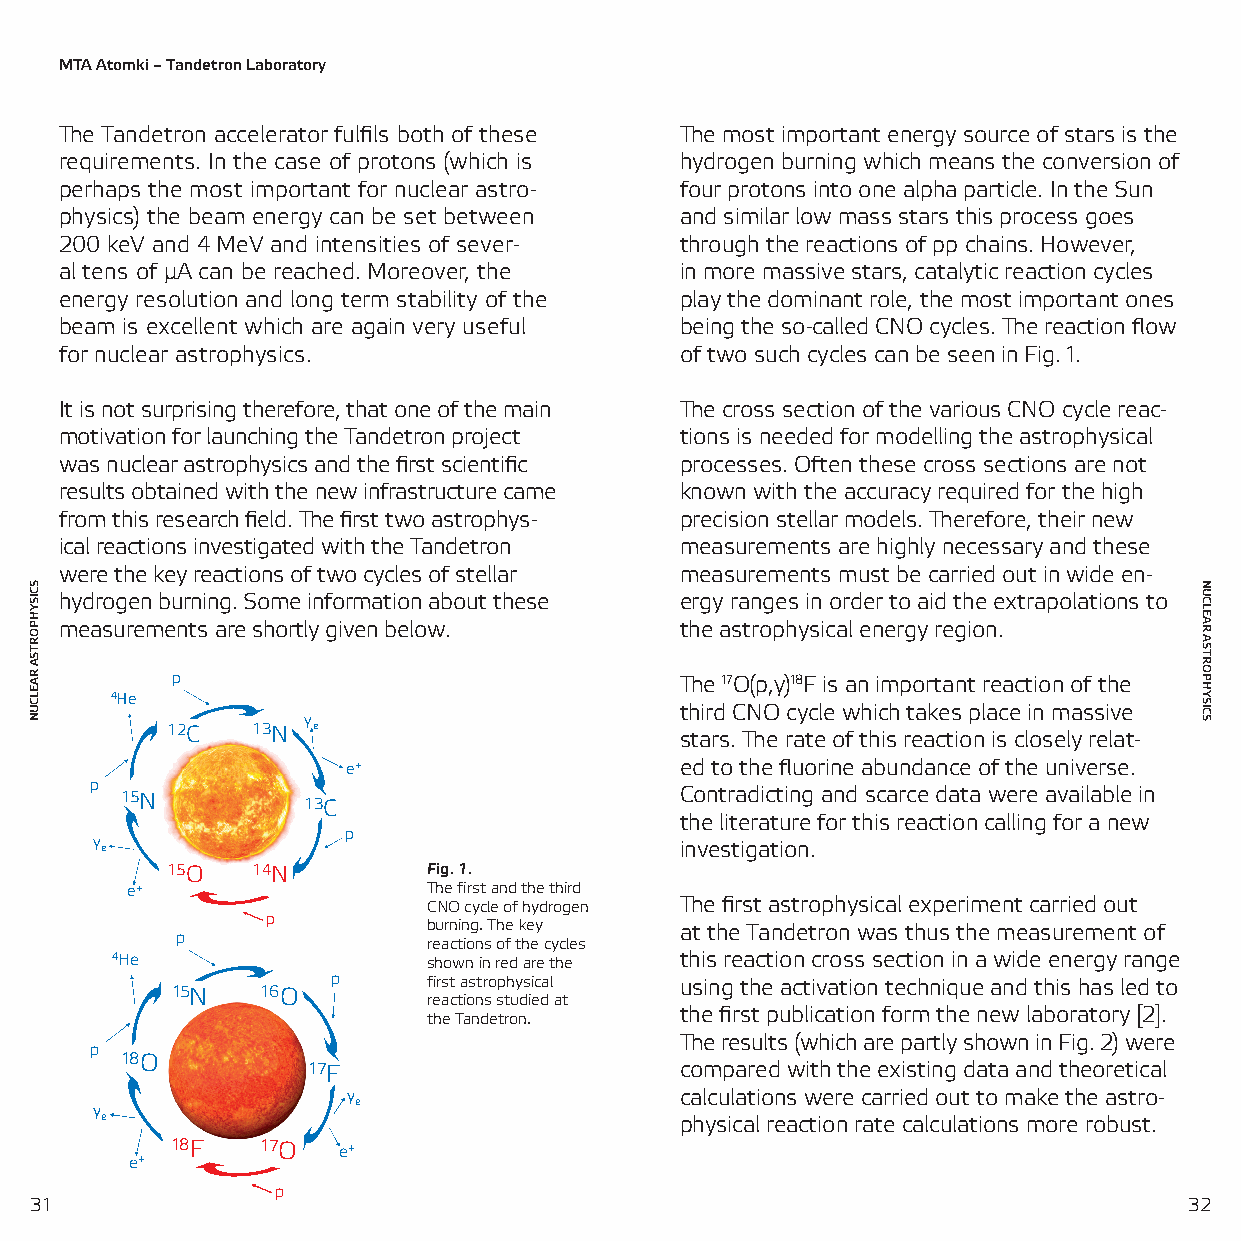
MTA Atomki – Tandetron Laboratory
 The Tandetron accelerator fulfils both of these The most important energy source of stars is the
 requirements. In the case of protons (which is hydrogen burning which means the conversion of
 perhaps the most important for nuclear astro- four protons into one alpha particle. In the Sun
 physics) the beam energy can be set between and similar low mass stars this process goes
 200 keV and 4 MeV and intensities of sever- through the reactions of pp chains. However,
 al tens of µA can be reached. Moreover, the in more massive stars, catalytic reaction cycles
 energy resolution and long term stability of the play the dominant role, the most important ones
 beam is excellent which are again very useful being the so-called CNO cycles. The reaction flow
 for nuclear astrophysics.                of two such cycles can be seen in Fig. 1.
 It is not surprising therefore, that one of the main The cross section of the various CNO cycle reac-
 motivation for launching the Tandetron project tions is needed for modelling the astrophysical
 was nuclear astrophysics and the first scientific processes. Often these cross sections are not
 results obtained with the new infrastructure came known with the accuracy required for the high
 from this research field. The first two astrophys- precision stellar models. Therefore, their new
 ical reactions investigated with the Tandetron measurements are highly necessary and these
 were the key reactions of two cycles of stellar measurements must be carried out in wide en-
 hydrogen burning. Some information about these ergy ranges in order to aid the extrapolations to
 measurements are shortly given below.    the astrophysical energy region.
 p                                 The 17O(p,γ)18F is an important reaction of the
 4He
 third CNO cycle which takes place in massive
 γ
 12C   13N e
 stars. The rate of this reaction is closely relat-
 e+                    ed to the fluorine abundance of the universe.
 p
 15N
 13C
 Contradicting and scarce data were available in
 the literature for this reaction calling for a new
 p
 γ e                                    investigation.
 15O   14N        Fig. 1.
 e+                  The first and the third
 CNO cycle of hydrogen The first astrophysical experiment carried out
 p         burning. The key at the Tandetron was thus the measurement of
 p
 reactions of the cycles
 4He                  shown in red are the this reaction cross section in a wide energy range
 p     first astrophysical using the activation technique and this has led to
 15N   16O
 reactions studied at
 the first publication form the new laboratory [2].
 the Tandetron.
 The results (which are partly shown in Fig. 2) were
 p
 18O
 17F                      compared with the existing data and theoretical
 γ                     calculations were carried out to make the astro-
 γ                 e
 e                                     physical reaction rate calculations more robust.
 18F   17O  e+
 e+
 p
 31                                                                           32
 SCISYHPORTSA
 RAELCUN
 NUCLEAR
 ASTROPHYSICS